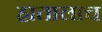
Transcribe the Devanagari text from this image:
हातालाच